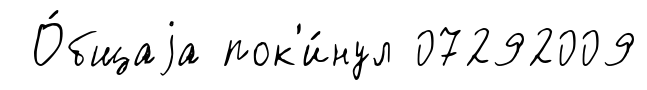
О́бщаjа пок'и́нул 07292009